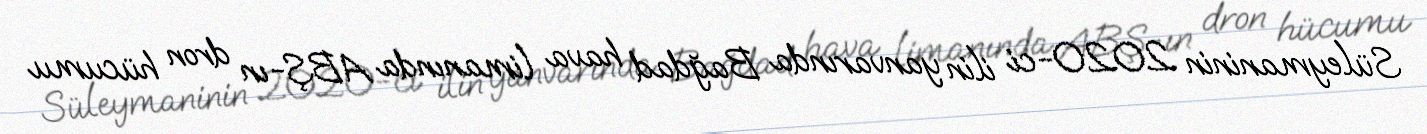
Süleymaninin 2020-ci ilin yanvarında Bağdad hava limanında ABŞ-ın dron hücumu